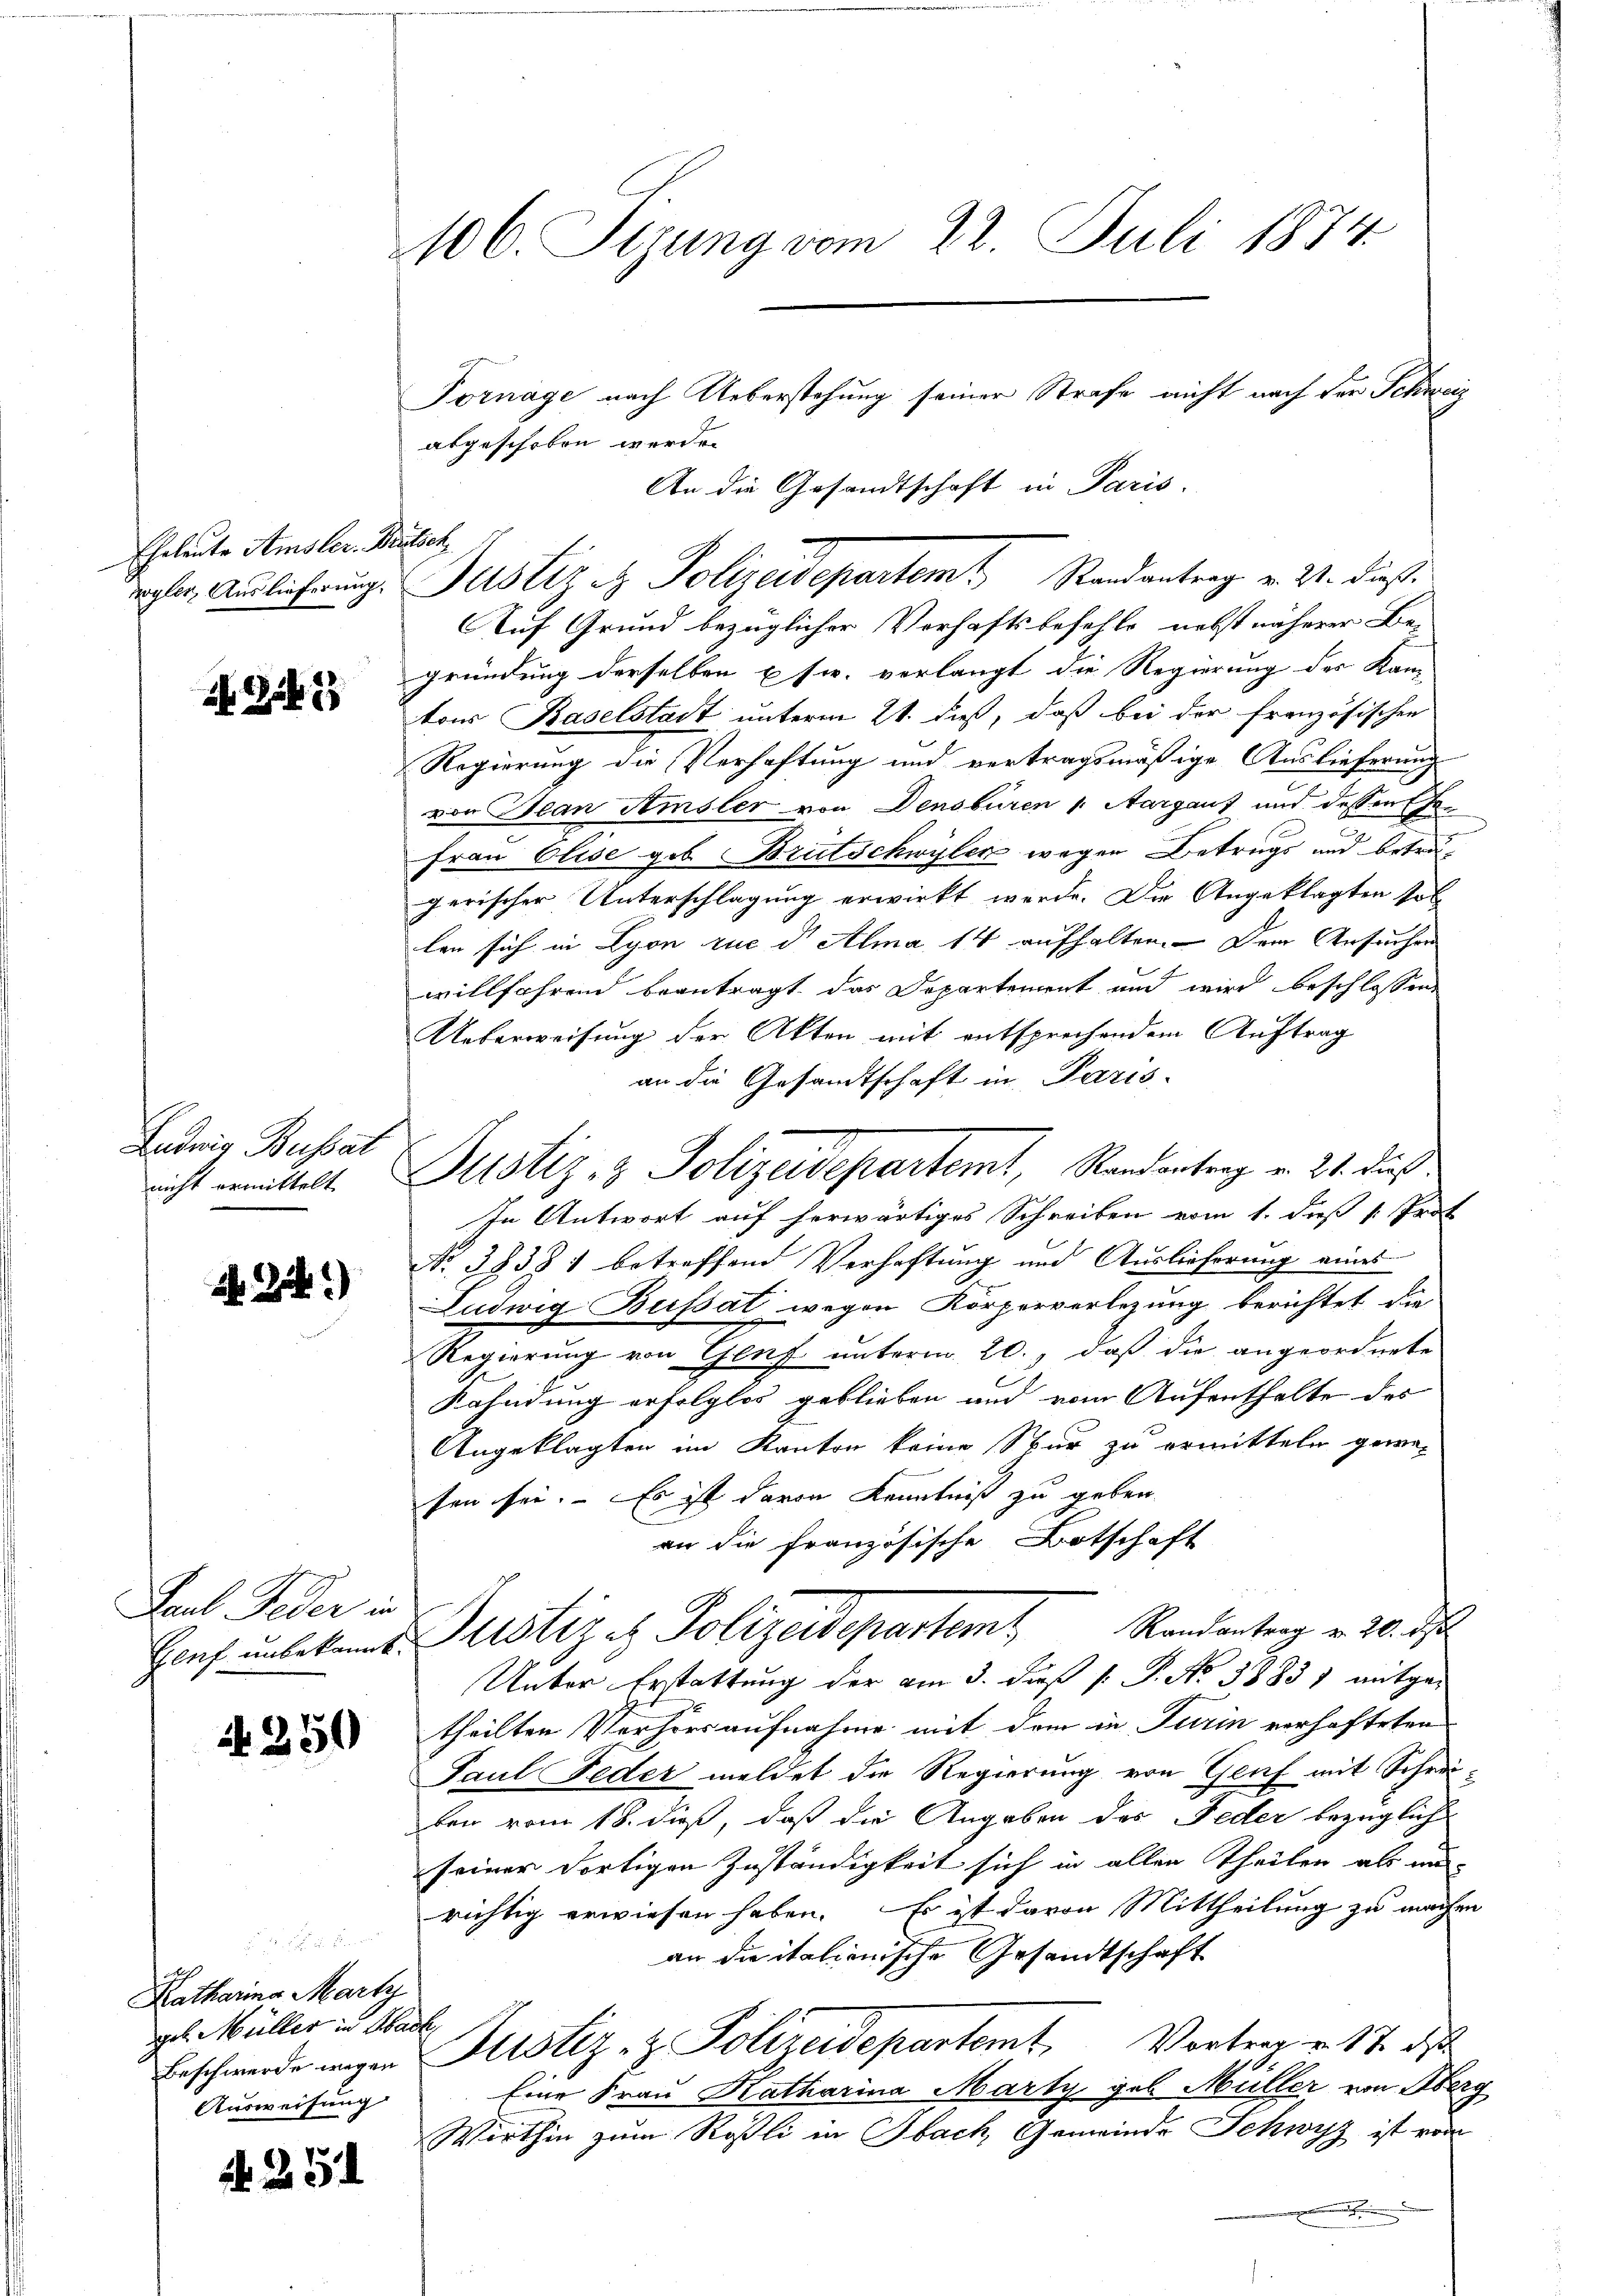
Eheleute Amsler Brütsch
wyler, Auslieferung.

N 225

Ludwig Busser
nicht ermittelt

2 Zif.)

Saub Feder in

N 250

Katharina Marty
geb. Müller in Hack,
Ausweisung

N. 254

106. Sizung vom 22. Juli 1874

Fornage nach Ueberstehung seiner Strafe nicht nach der Schweiz
abgeschoben werden
An die Gesandtschaft in Paris.
Auf Grund bezüglicher Verhaftsbefehls, nebst näherer Be-
gründung derselben usw. verlangt die Regierung der Kamtons Baselstadt unterm 21. dieß, daß bei der französischen
Regierung die Verhaftung und vertragsmäßige Auslieferung
von Jean Amsler von Densburen 1. Aargauf und dessen Ehe¬
Frau Elise geb. Brutschwyler wegen Betrugs und betragerischer Unterschlagung erwirkt werde. Die Angeklagten soll
len sich in Lyon zue d. Alma 14 aufhalten. Dem Ansuchen
willfahrend beantragt das Departement und wird beschlossen
Ueberweisung der Akten mit entsprechendem Auftrag
an die Gesandtschaft in Paris
Justiz- & Polizeidepartemt, Randantrag v. 21. dieß.
In Antwort auf herwärtiges Schreiben vom 1. dieß . Prot
No 38381 betreffend Verhaftung und Auslieferung eines
Ludwig Busset wegen Körperverlegung berichtet die
Regierung von Genf unterm 20., daß die angeordnete
Kahndung erfolglos geblieben und vom Aufenthalte des
Angeklagten im Kanton keine Spur zu ermitteln gewe-
fen sei. Es ist davon Kenntniß zu geben.
an die französische Botschaft
Randantrag v. 20. d
Hanf unbekannt ustiz es Polizeidepartem
Unter Erstattung der am 3. daß P. P. No 38831 mitgetheilten Verhörsaufnahme mit dem in Turin verhafteten
Paul Feder meldet die Regierung von Genf mit Schreiben vom 18. dieß, daß die Angaben des Feder bezügliche
seiner dortigen Zuständigkeit sich in allen Theilen als un-
richtig erwiesen haben. Es ist davon Mittheilung zu mache
an die italienische Gesandtschaft
Beschwerde ungen Justiz- & Polizeidepartemt Vortrag v. 17. de
Eine Frau Katharina Marty geb. Müller von Ober¬
Wirthin zum Rößli in Obach, Gemeinde Schwyz ist vo
.

Justiz - Polizeidepartemt Randantrag. v. M. dies

e